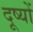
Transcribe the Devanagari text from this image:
दूष्यों